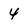
Character: 4